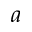
a